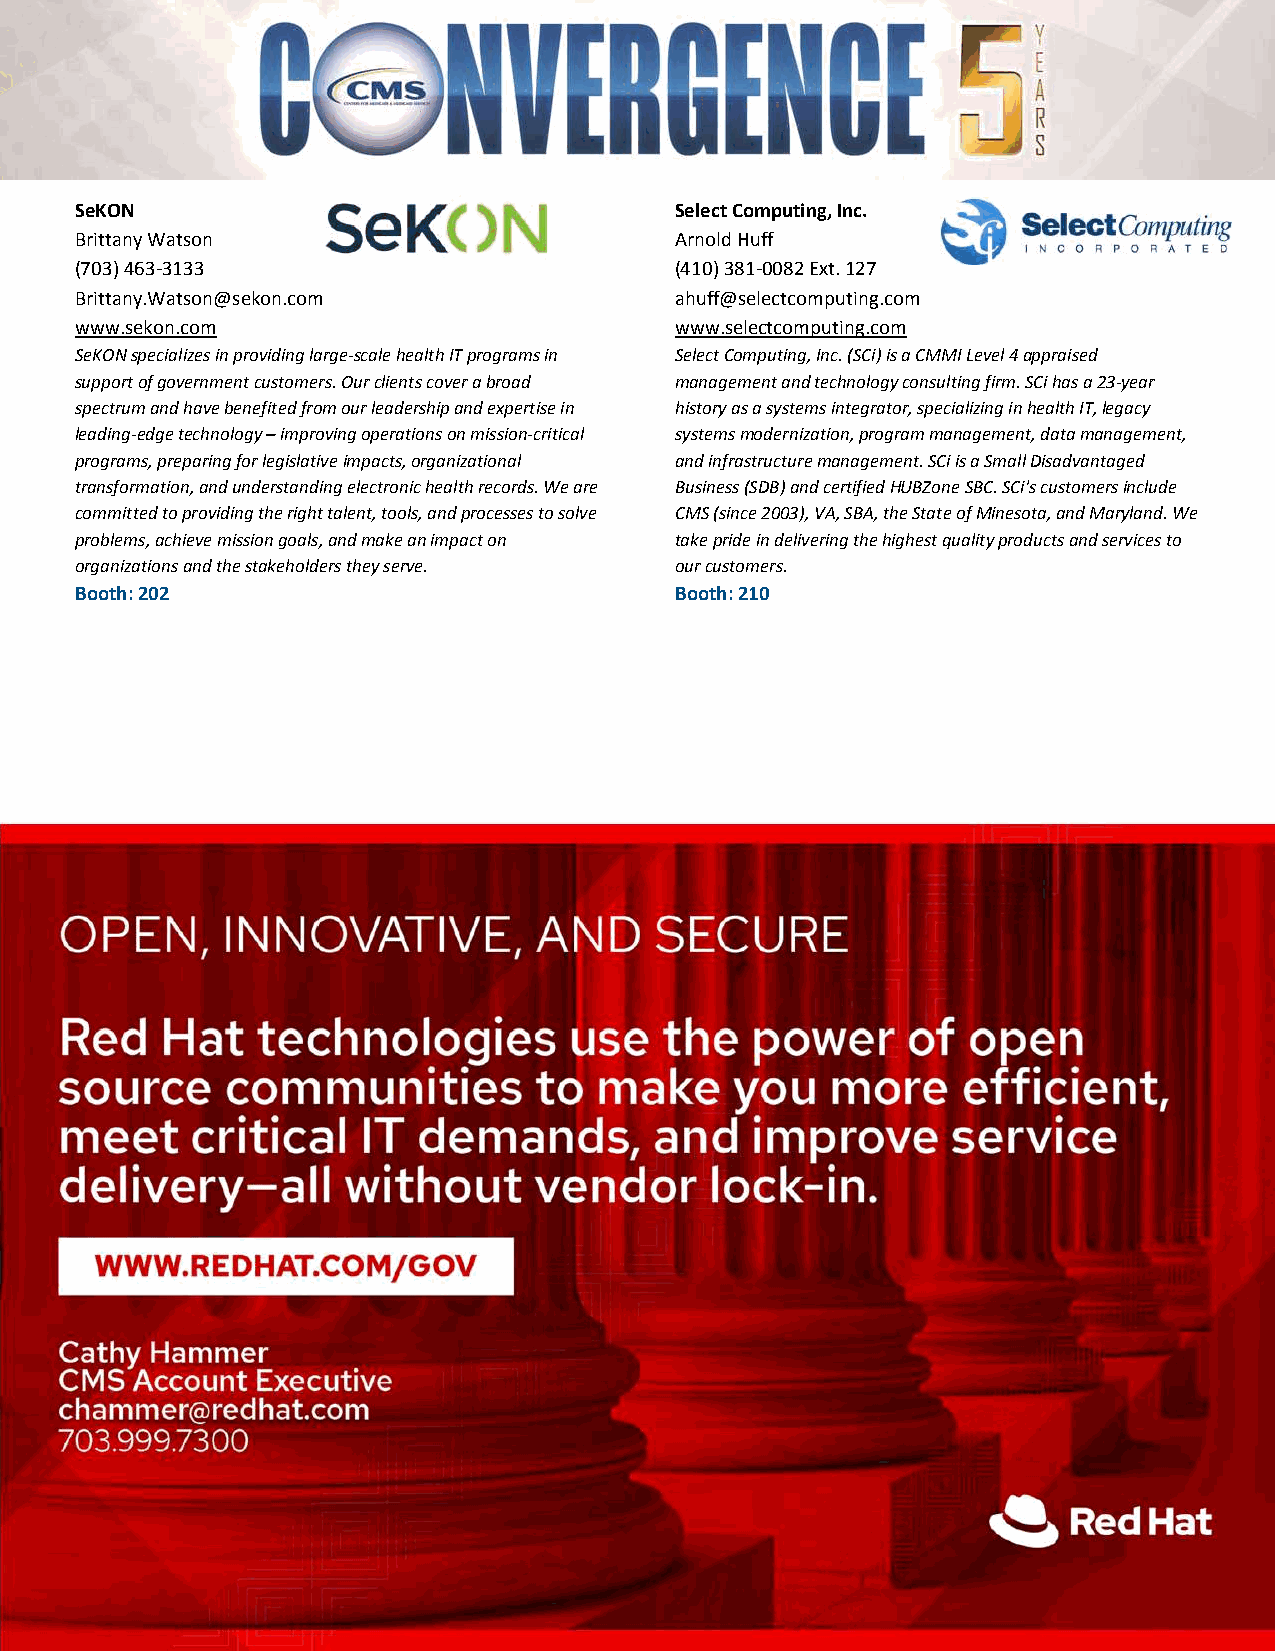
SeKON                                   Select Computing, Inc.
 Brittany Watson                         Arnold Huff
 (703) 463‐3133                          (410) 381‐0082 Ext. 127
 Brittany.Watson@sekon.com               ahuff@selectcomputing.com
 www.sekon.com                           www.selectcomputing.com
 SeKON specializes in providing large‐scale health IT programs in Select Computing, Inc. (SCi) is a CMMI Level 4 appraised
 support of government customers. Our clients cover a broad management and technology consulting firm. SCi has a 23‐year
 spectrum and have benefited from our leadership and expertise in history as a systems integrator, specializing in health IT, legacy
 leading‐edge technology – improving operations on mission‐critical systems modernization, program management, data management,
 programs, preparing for legislative impacts, organizational and infrastructure management. SCi is a Small Disadvantaged
 transformation, and understanding electronic health records. We are Business (SDB) and certified HUBZone SBC. SCi's customers include
 committed to providing the right talent, tools, and processes to solve CMS (since 2003), VA, SBA, the State of Minesota, and Maryland. We
 problems, achieve mission goals, and make an impact on take pride in delivering the highest quality products and services to
 organizations and the stakeholders they serve. our customers.
 Booth: 202                              Booth: 210
 Published as of: 8/2/19